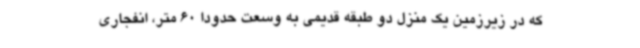
که در زیرزمین یک منزل دو طبقه قدیمی به وسعت حدودا 60 متر، انفجاری